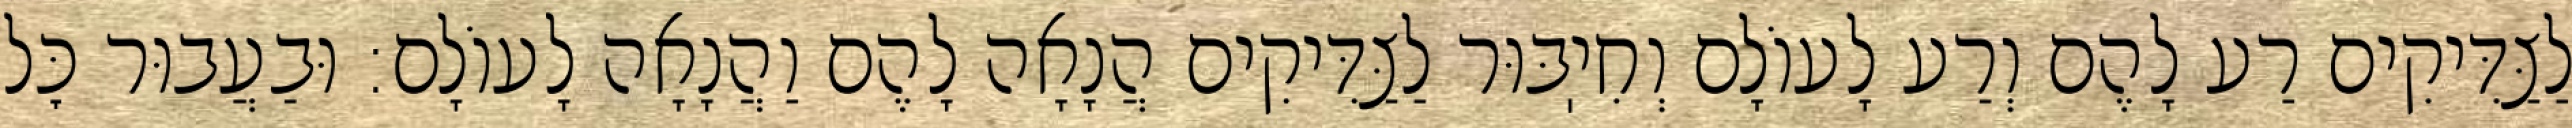
לַצַּדִּיקִים רַע לָהֶם וְרַע לָעוֹלָם וְחִיֽבּוּר לַצַּדִּיקִים הֲנָאָה לָהֶם וַהֲנָאָה לָעוֹלָם: וּבַעֲבוּר כׇּל